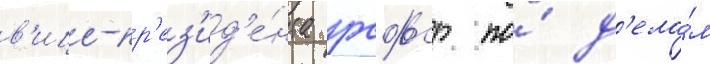
в'ице-пр'ез'ид'е́нта рсфср по́ д'ела́м